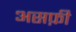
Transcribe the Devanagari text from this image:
असफ़ी